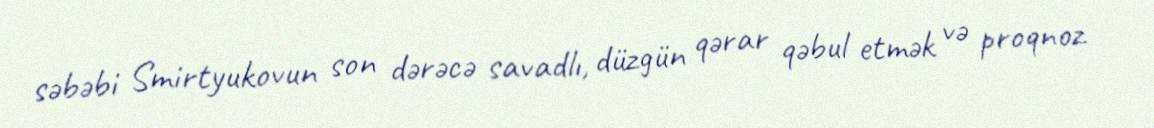
səbəbi Smirtyukovun son dərəcə savadlı, düzgün qərar qəbul etmək və proqnoz